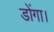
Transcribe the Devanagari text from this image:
डोंगा।